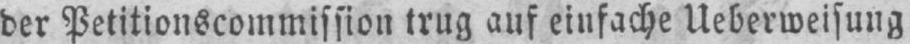
der Petitionscommission trug auf einfache Ueberweisung